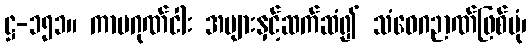
ဋ္ဌ-၁၅၁။ ကာမဂုဏ်ငါး အများနှင့်ဆက်ဆံ၍ သံဝေဂဉာဏ်ဖြစ်ပုံ၊